Scottish Leaving Certificate Examination, 1958
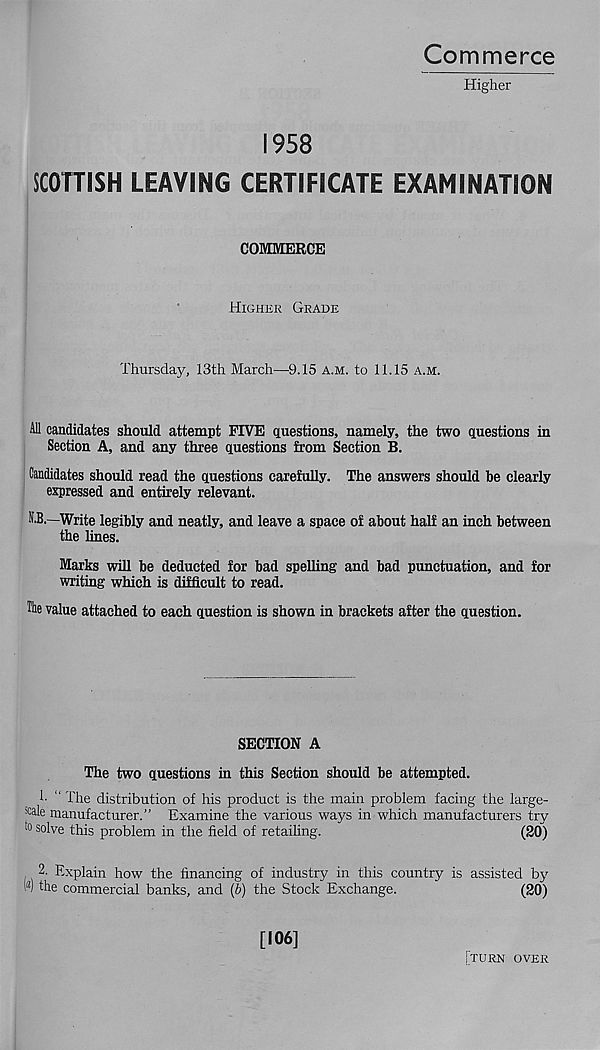
Commerce
Higher
1958
SCOTTISH LEAVING CERTIFICATE EXAMINATION
COMMERCE
Higher Grade
Thursday, 13th March—9.15 a.m. to 11.15 a.m.
All candidates should attempt FIVE questions, namely, the two questions in
Section A, and any three questions from Section B.
Candidates should read the questions carefully. The answers should be clearly
expressed and entirely relevant.
O.—Write legibly and neatly, and leave a space of about half an inch between
the lines.
Marks will be deducted for bad spelling and bad punctuation, and for
writing which is difficult to read.
Hie value attached to each question is shown in brackets after the question.
SECTION A
The two questions in this Section should be attempted.
1- “ The distribution of his product is the main problem facing the large-
^ile manufacturer.” Examine the various ways in which manufacturers try
t0 solve this problem in the field of retailing.
(20)
2. Explain how the financing of industry in this country is assisted by
l ' s ) the commercial banks, and (b) the Stock Exchange.
(20)
[106]
[turn over